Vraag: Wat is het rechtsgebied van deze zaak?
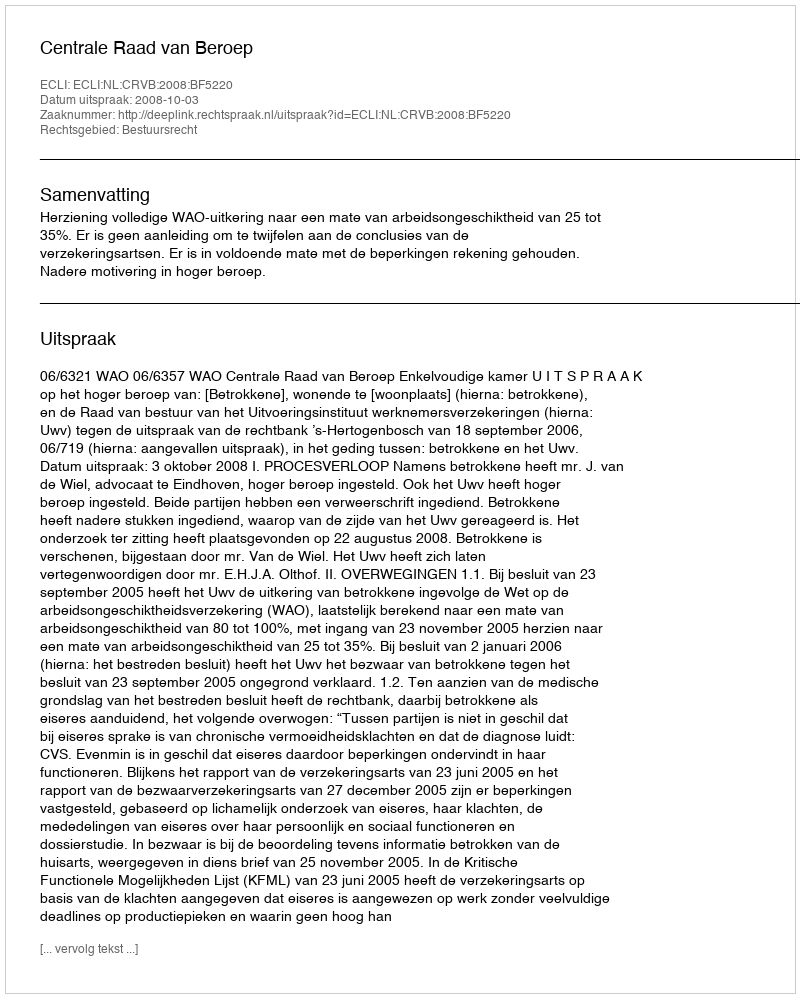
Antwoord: Bestuursrecht